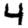
Digit: 4